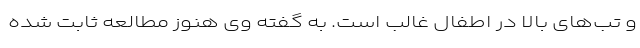
و تب‌های بالا در اطفال غالب است. به گفته وی هنوز مطالعه ثابت شده‌